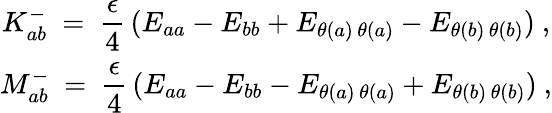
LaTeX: \begin{array}{c}{{{\displaystyle K_{ab}^{-}~=~\frac{\epsilon}{4}\, (E_{aa}-E_{bb}+E_{\theta(a)\, \theta(a)}-E_{\theta(b)\, \theta(b)})~,}}}\\ {{{\displaystyle M_{ab}^{-}~=~\frac{\epsilon}{4}\, (E_{aa}-E_{bb}-E_{\theta(a)\, \theta(a)}+E_{\theta(b)\, \theta(b)})~,}}}\end{array}